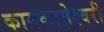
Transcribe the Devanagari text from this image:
कामकामेश्वरी